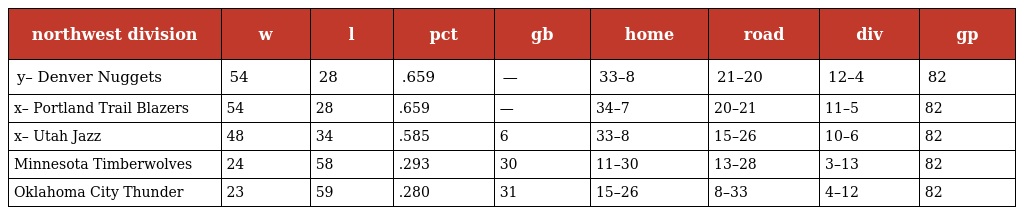
| northwest division | w | l | pct | gb | home | road | div | gp |
 | --- | --- | --- | --- | --- | --- | --- | --- | --- |
 | y– Denver Nuggets | 54 | 28 | .659 | — | 33–8 | 21–20 | 12–4 | 82 |
 | x– Portland Trail Blazers | 54 | 28 | .659 | — | 34–7 | 20–21 | 11–5 | 82 |
 | x– Utah Jazz | 48 | 34 | .585 | 6 | 33–8 | 15–26 | 10–6 | 82 |
 | Minnesota Timberwolves | 24 | 58 | .293 | 30 | 11–30 | 13–28 | 3–13 | 82 |
 | Oklahoma City Thunder | 23 | 59 | .280 | 31 | 15–26 | 8–33 | 4–12 | 82 |